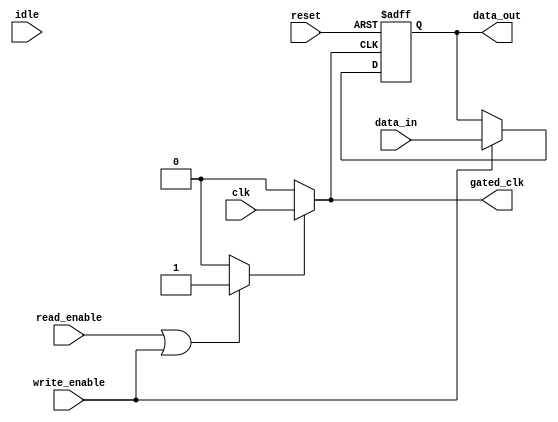
module ClockGatedMemoryBlock (
    input wire clk,              // Main clock input
    input wire reset,            // Reset signal
    input wire read_enable,      // Read enable signal
    input wire write_enable,     // Write enable signal
    input wire idle,             // Idle signal
    output wire gated_clk,       // Gated clock output
    output reg [7:0] data_out,   // Data output
    input wire [7:0] data_in     // Data input
);

    // Internal signals
    reg gating_signal;           // Gating signal for clock gating
    reg gated_clk_internal;      // Internal gated clock signal

    // Clock Gating Control Logic
    always @(*) begin
        if (read_enable || write_enable) begin
            gating_signal = 1'b1; // Enable clock if there are read/write operations
        end else begin
            gating_signal = 1'b0; // Disable clock if idle
        end
    end

    // Clock Gating Cells
    assign gated_clk = gating_signal ? clk : 1'b0; // Gated clock output

    // Memory Operations (example: simple register behavior)
    always @(posedge gated_clk or posedge reset) begin
        if (reset) begin
            data_out <= 8'b0; // Reset data output
        end else if (write_enable) begin
            data_out <= data_in; // Write data on gated clock
        end
        // Read operation can be added here if needed
    end

endmodule